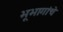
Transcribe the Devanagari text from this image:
भूभागांचे